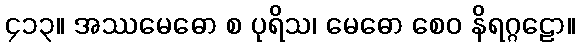
၄၁၃။ အဿမေဓော စ ပုရိသ၊ မေဓော စေဝ နိရဂ္ဂဠော။